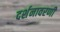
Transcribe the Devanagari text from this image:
दर्शनावरणी